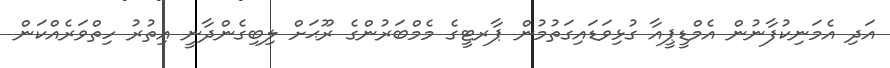
އަދި އެމަނިކުފާނުން އެމްޑީޕީއާ ގުޅިވަޑައިގަތުމުން ޕާރޓީގެ މެމްބަރުންގެ ރޫޙަށް ލިބިގެންދާނީ އިތުރު ހިތްވަރެއްކަން